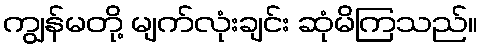
ကျွန်မတို့ မျက်လုံးချင်း ဆုံမိကြသည်။